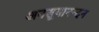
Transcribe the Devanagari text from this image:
अनसूयानन्‍दन